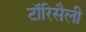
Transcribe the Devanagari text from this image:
टॉरिसैली